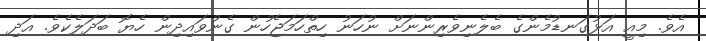
އެވެ. މިއީ އަޅުގަނޑުމެންގެ ބެލެނިވެރިންނަށް ނުހަނު ހިތްހަމަޖެހުން ގެނުވައިދިން ހެޔޮ ބަދަލެކެވެ. އަދި